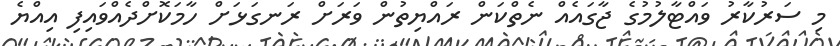
މި ސަރުކާރު ވައްޓާލުމުގެ ޖާގައެއް ނެތްކަން ރައްޔިތުން ވަރަށް ރަނގަޅަށް ހާމަކޮށްދެއްވައިފި އިއްޔެ